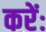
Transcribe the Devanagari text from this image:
करेंः